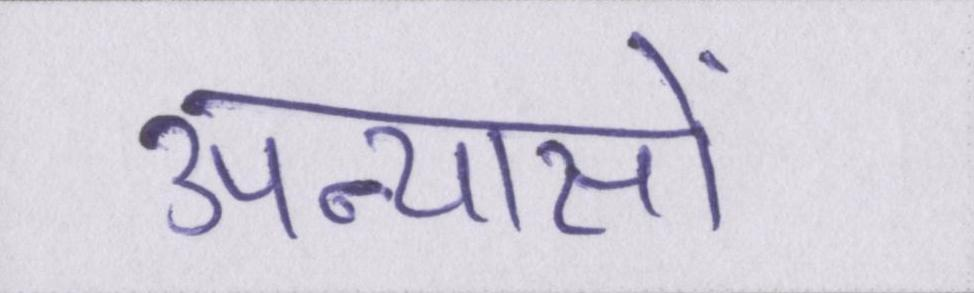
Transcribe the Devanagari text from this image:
उपन्यासों